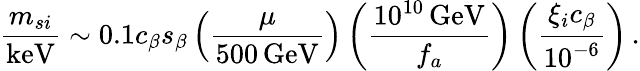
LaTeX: {\frac{m_{si}}{\mathrm{keV}}}\sim 0.1c_{\beta}s_{\beta}\left(\frac{\mu}{500\, \mathrm{GeV}}\right)\left(\frac{10^{10}\, \mathrm{GeV}}{f_{a}}\right)\left(\frac{\xi_{i}c_{\beta}}{10^{-6}}\right)\, .